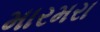
મારમરા